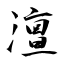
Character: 澶